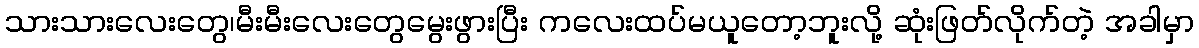
သားသားလေးတွေ၊မီးမီးလေးတွေမွေးဖွားပြီး ကလေးထပ်မယူတော့ဘူးလို့ ဆုံးဖြတ်လိုက်တဲ့ အခါမှာ